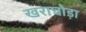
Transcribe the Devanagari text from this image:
खराघोड़ा